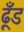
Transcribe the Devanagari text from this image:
ढूँड